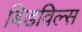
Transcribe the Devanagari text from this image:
बिडविल्स